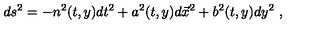
d s ^ { 2 } = - n ^ { 2 } ( t , y ) d t ^ { 2 } + a ^ { 2 } ( t , y ) d { \vec { x } } ^ { 2 } + b ^ { 2 } ( t , y ) d y ^ { 2 } \ ,